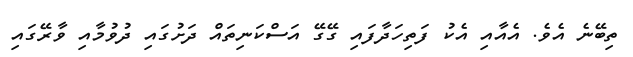
ތިބޭނެ އެވެ. އެއާއި އެކު ފަތިހަދާފައި ގޭގޭ އަސްކަނިތައް ދަށުގައި ދުވުމާއި ވާރޭގައި